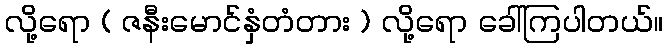
လို့ရော ( ဇနီးမောင်နှံတံတား ) လို့ရော ခေါ်ကြပါတယ်။